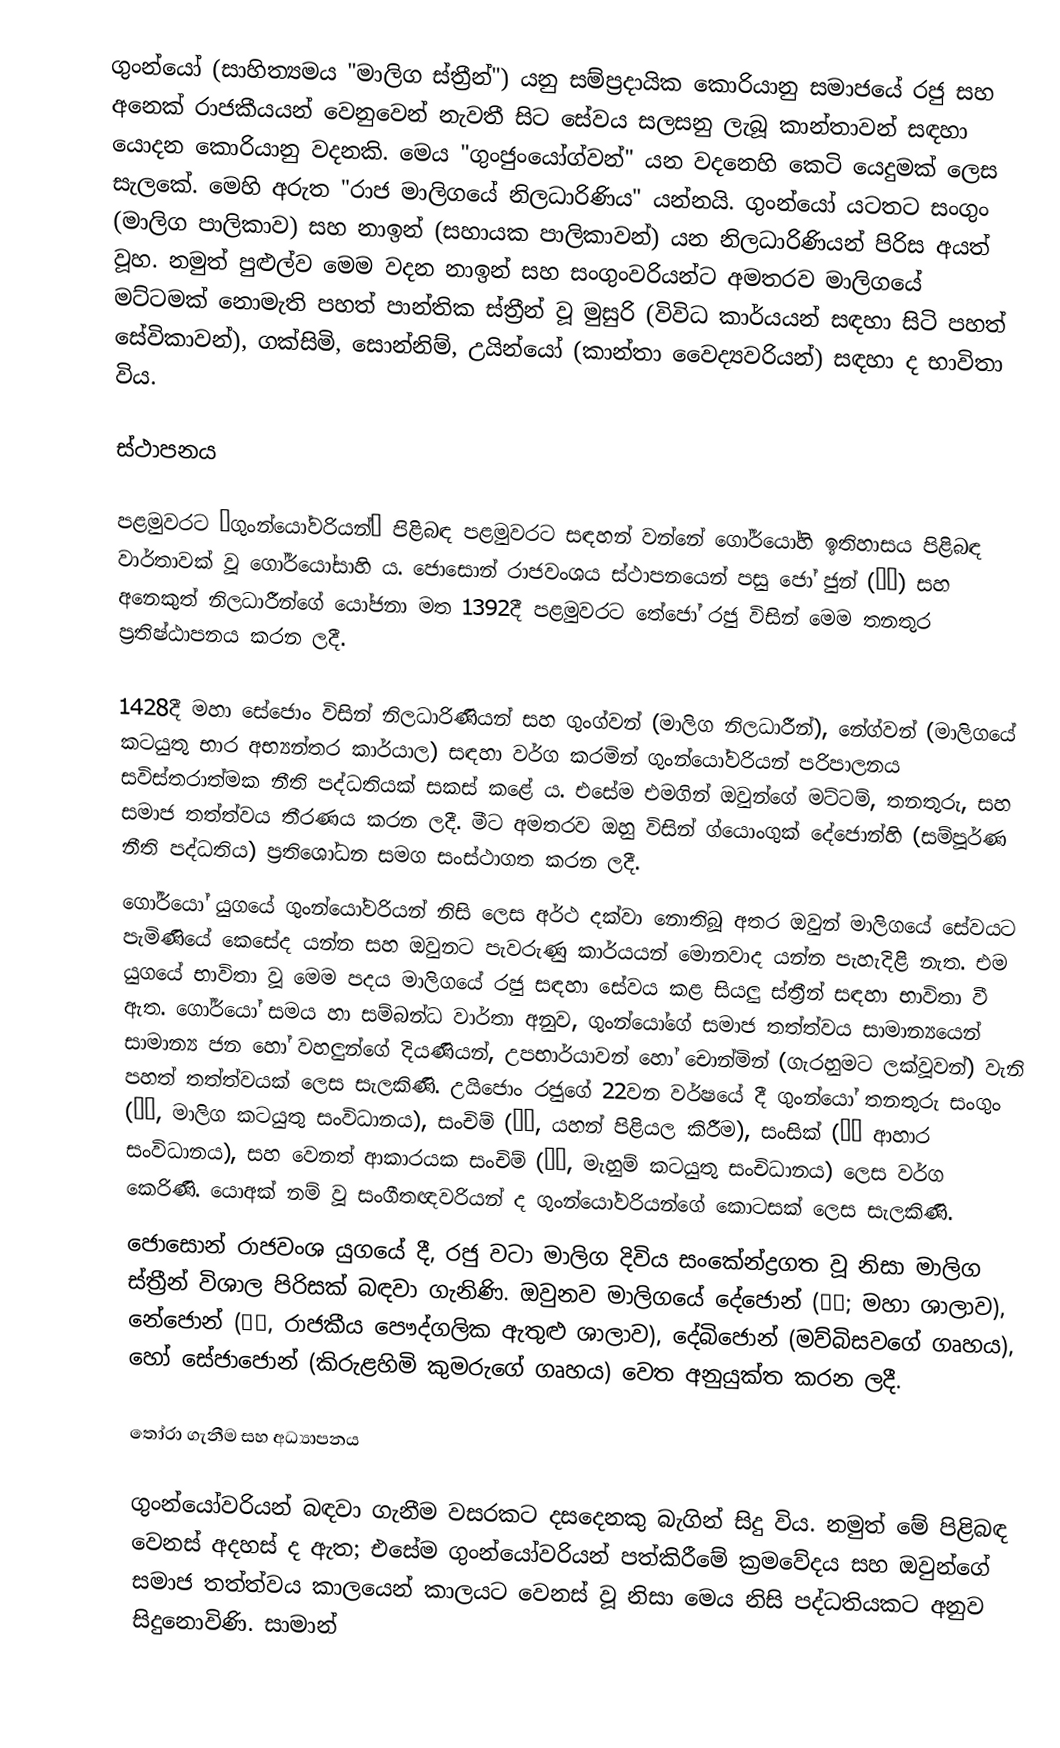
ගුංන්යෝ (සාහිත්‍යමය "මාලිග ස්ත්‍රීන්") යනු සම්ප්‍රදායික කොරියානු සමාජයේ රජු සහ අනෙක් රාජකීයයන් වෙනුවෙන් නැවතී සිට සේවය සලසනු ලැබූ කාන්තාවන් සඳහා යොදන කොරියානු වදනකි. මෙය "ගුංජුංයෝග්වන්" යන වදනෙහි කෙටි යෙදුමක් ලෙස සැලකේ. මෙහි අරුත "රාජ මාලිගයේ නිලධාරිණිය" යන්නයි. ගුංන්යෝ යටතට සංගුං (මාලිග පාලිකාව) සහ නාඉන් (සහායක පාලිකාවන්) යන නිලධාරිණියන් පිරිස අයත් වූහ. නමුත් පුළුල්ව මෙම වදන නාඉන් සහ සංගුංවරියන්ට අමතරව මාලිගයේ මට්ටමක් නොමැති පහත් පාන්තික ස්ත්‍රීන් වූ මුසුරි (විවිධ කාර්යයන් සඳහා සිටි පහත් සේවිකාවන්), ගක්සිමි, සොන්නිම්, උයින්යෝ (කාන්තා වෛද්‍යවරියන්) සඳහා ද භාවිතා විය.

ස්ථාපනය

පළමුවරට “ගුංන්යෝවරියන්” පිළිබඳ පළමුවරට සඳහන් වන්නේ ගෝර්යෝහි ඉතිහාසය පිළිබඳ වාර්තාවක් වූ ගෝර්යෝසාහි ය. ජොසොන් රාජවංශය ස්ථාපනයෙන් පසු ජෝ ජුන් (趙浚) සහ අනෙකුත් නිලධාරීන්ගේ යෝජනා මත 1392දී පළමුවරට තේජෝ රජු විසින් මෙම තනතුර ප්‍රතිෂ්ඨාපනය කරන ලදී.

1428දී මහා සේජොං විසින් නිලධාරිණියන් සහ ගුංග්වන් (මාලිග නිලධාරීන්), නේග්වන් (මාලිගයේ කටයුතු භාර අභ්‍යන්තර කාර්යාල) සඳහා වර්ග කරමින් ගුංන්යෝවරියන් පරිපාලනය සවිස්තරාත්මක නීති පද්ධතියක් සකස් කළේ ය. එසේම එමගින් ඔවුන්ගේ මට්ටම්, තනතුරු, සහ සමාජ තත්ත්වය තීරණය කරන ලදී. මීට අමතරව ඔහු විසින් ග්යොංගුක් දේජොන්හි (සම්පූර්ණ නීති පද්ධතිය) ප්‍රතිශෝධන සමග සංස්ථාගත කරන ලදී.
ගෝර්යෝ යුගයේ ගුංන්යෝවරියන් නිසි ලෙස අර්ථ දක්වා නොතිබූ අතර ඔවුන් මාලිගයේ සේවයට පැමිණියේ කෙසේද යන්න සහ ඔවුනට පැවරුණු කාර්යයන් මොනවාද යන්න පැහැදිළි නැත. එම යුගයේ භාවිතා වූ මෙම පදය මාලිගයේ රජු සඳහා සේවය කළ සියලු ස්ත්‍රීන් සඳහා භාවිතා වී ඇත. ගෝර්යෝ සමය හා සම්බන්ධ වාර්තා අනුව, ගුංන්යෝගේ සමාජ තත්ත්වය සාමාන්‍යයෙන් සාමාන්‍ය ජන හෝ වහලුන්ගේ දියණියන්, උපභාර්යාවන් හෝ චොන්මින් (ගැරහුමට ලක්වූවන්) වැනි පහත් තත්ත්වයක් ලෙස සැලකිණි. උයිජොං රජුගේ 22වන වර්ෂයේ දී ගුංන්යෝ තනතුරු සංගුං (尙宮, මාලිග කටයුතු සංවිධානය), සංචිම් (尙寢, යහන් පිළියල කිරීම), සංසික් (尙食 ආහාර සංවිධානය), සහ වෙනත් ආකාරයක සංචිම් (尙針, මැහුම් කටයුතු සංචිධානය) ලෙස වර්ග කෙරිණි. යොඅක් නම් වූ සංගීතඥවරියන් ද ගුංන්යෝවරියන්ගේ කොටසක් ලෙස සැලකිණි.
ජොසොන් රාජවංශ යුගයේ දී, රජු වටා මාලිග දිවිය සංකේන්ද්‍රගත වූ නිසා මාලිග ස්ත්‍රීන් විශාල පිරිසක් බඳවා ගැනිණි. ඔවුනව මාලිගයේ දේජොන් (大殿; මහා ශාලාව), නේජොන් (內殿, රාජකීය පෞද්ගලික ඇතුළු ශාලාව), දේබිජොන් (මව්බිසවගේ ගෘහය), හෝ සේජාජොන් (කිරුළහිමි කුමරුගේ ගෘහය) වෙත අනුයුක්ත කරන ලදී.

තෝරා ගැනීම සහ අධ්‍යාපනය

ගුංන්යෝවරියන් බඳවා ගැනීම වසරකට දසදෙනකු බැගින් සිදු විය. නමුත් මේ පිළිබඳ වෙනස් අදහස් ද ඇත; එසේම ගුංන්යෝවරියන් පත්කිරීමේ ක්‍රමවේදය සහ ඔවුන්ගේ සමාජ තත්ත්වය කාලයෙන් කාලයට වෙනස් වූ නිසා මෙය නිසි පද්ධතියකට අනුව සිදුනොවිණි. සාමාන්‍